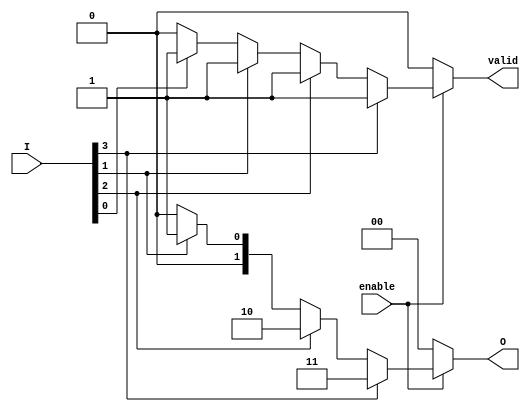
module encoder_4to2 (
    input wire [3:0] I, // 4 input lines
    input wire enable,   // Enable input
    output reg [1:0] O,  // 2 output lines
    output reg valid     // Valid output flag
);

// Combines priority encoding with enable and invalid input handling
always @(*) begin
    if (!enable) begin
        O = 2'b00; // Default output when not enabled
        valid = 1'b0; // Indicate that output is invalid
    end else begin
        // Priority Encoder Logic
        case (1'b1)
            I[3]: begin O = 2'b11; valid = 1'b1; end // I3 is highest priority
            I[2]: begin O = 2'b10; valid = 1'b1; end // I2 is next priority
            I[1]: begin O = 2'b01; valid = 1'b1; end // I1 is next priority
            I[0]: begin O = 2'b00; valid = 1'b1; end // I0 is lowest priority
            default: begin O = 2'b00; valid = 1'b0; end // No inputs active
        endcase
    end
end

endmodule